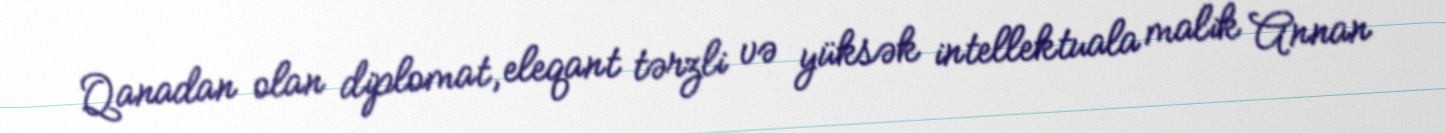
Qanadan olan diplomat, eleqant tərzli və yüksək intellektuala malik Annan